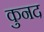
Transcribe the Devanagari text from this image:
कुनद